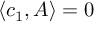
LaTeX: \langle c _ { 1 } , A \rangle = 0